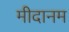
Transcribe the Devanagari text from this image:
मीदानम